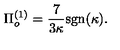
\Pi _ { o } ^ { ( 1 ) } = \frac { 7 } { 3 \kappa } \mathrm { s g n } ( \kappa ) .